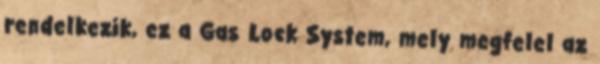
rendelkezik, ez a Gas Lock System, mely megfelel az